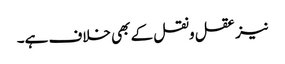
نیز عقل ونقل کے بھی خلاف ہے۔